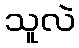
သူလဲ